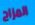
المزاح